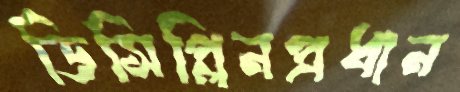
ডিসিপ্লিনপ্রধান